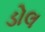
ડોલ